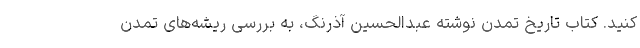
کنید. کتاب تاریخ تمدن نوشته عبدالحسین آذرنگ، به بررسی ریشه‌های تمدن